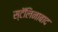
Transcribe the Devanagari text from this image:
स्टॅलिनाबाद